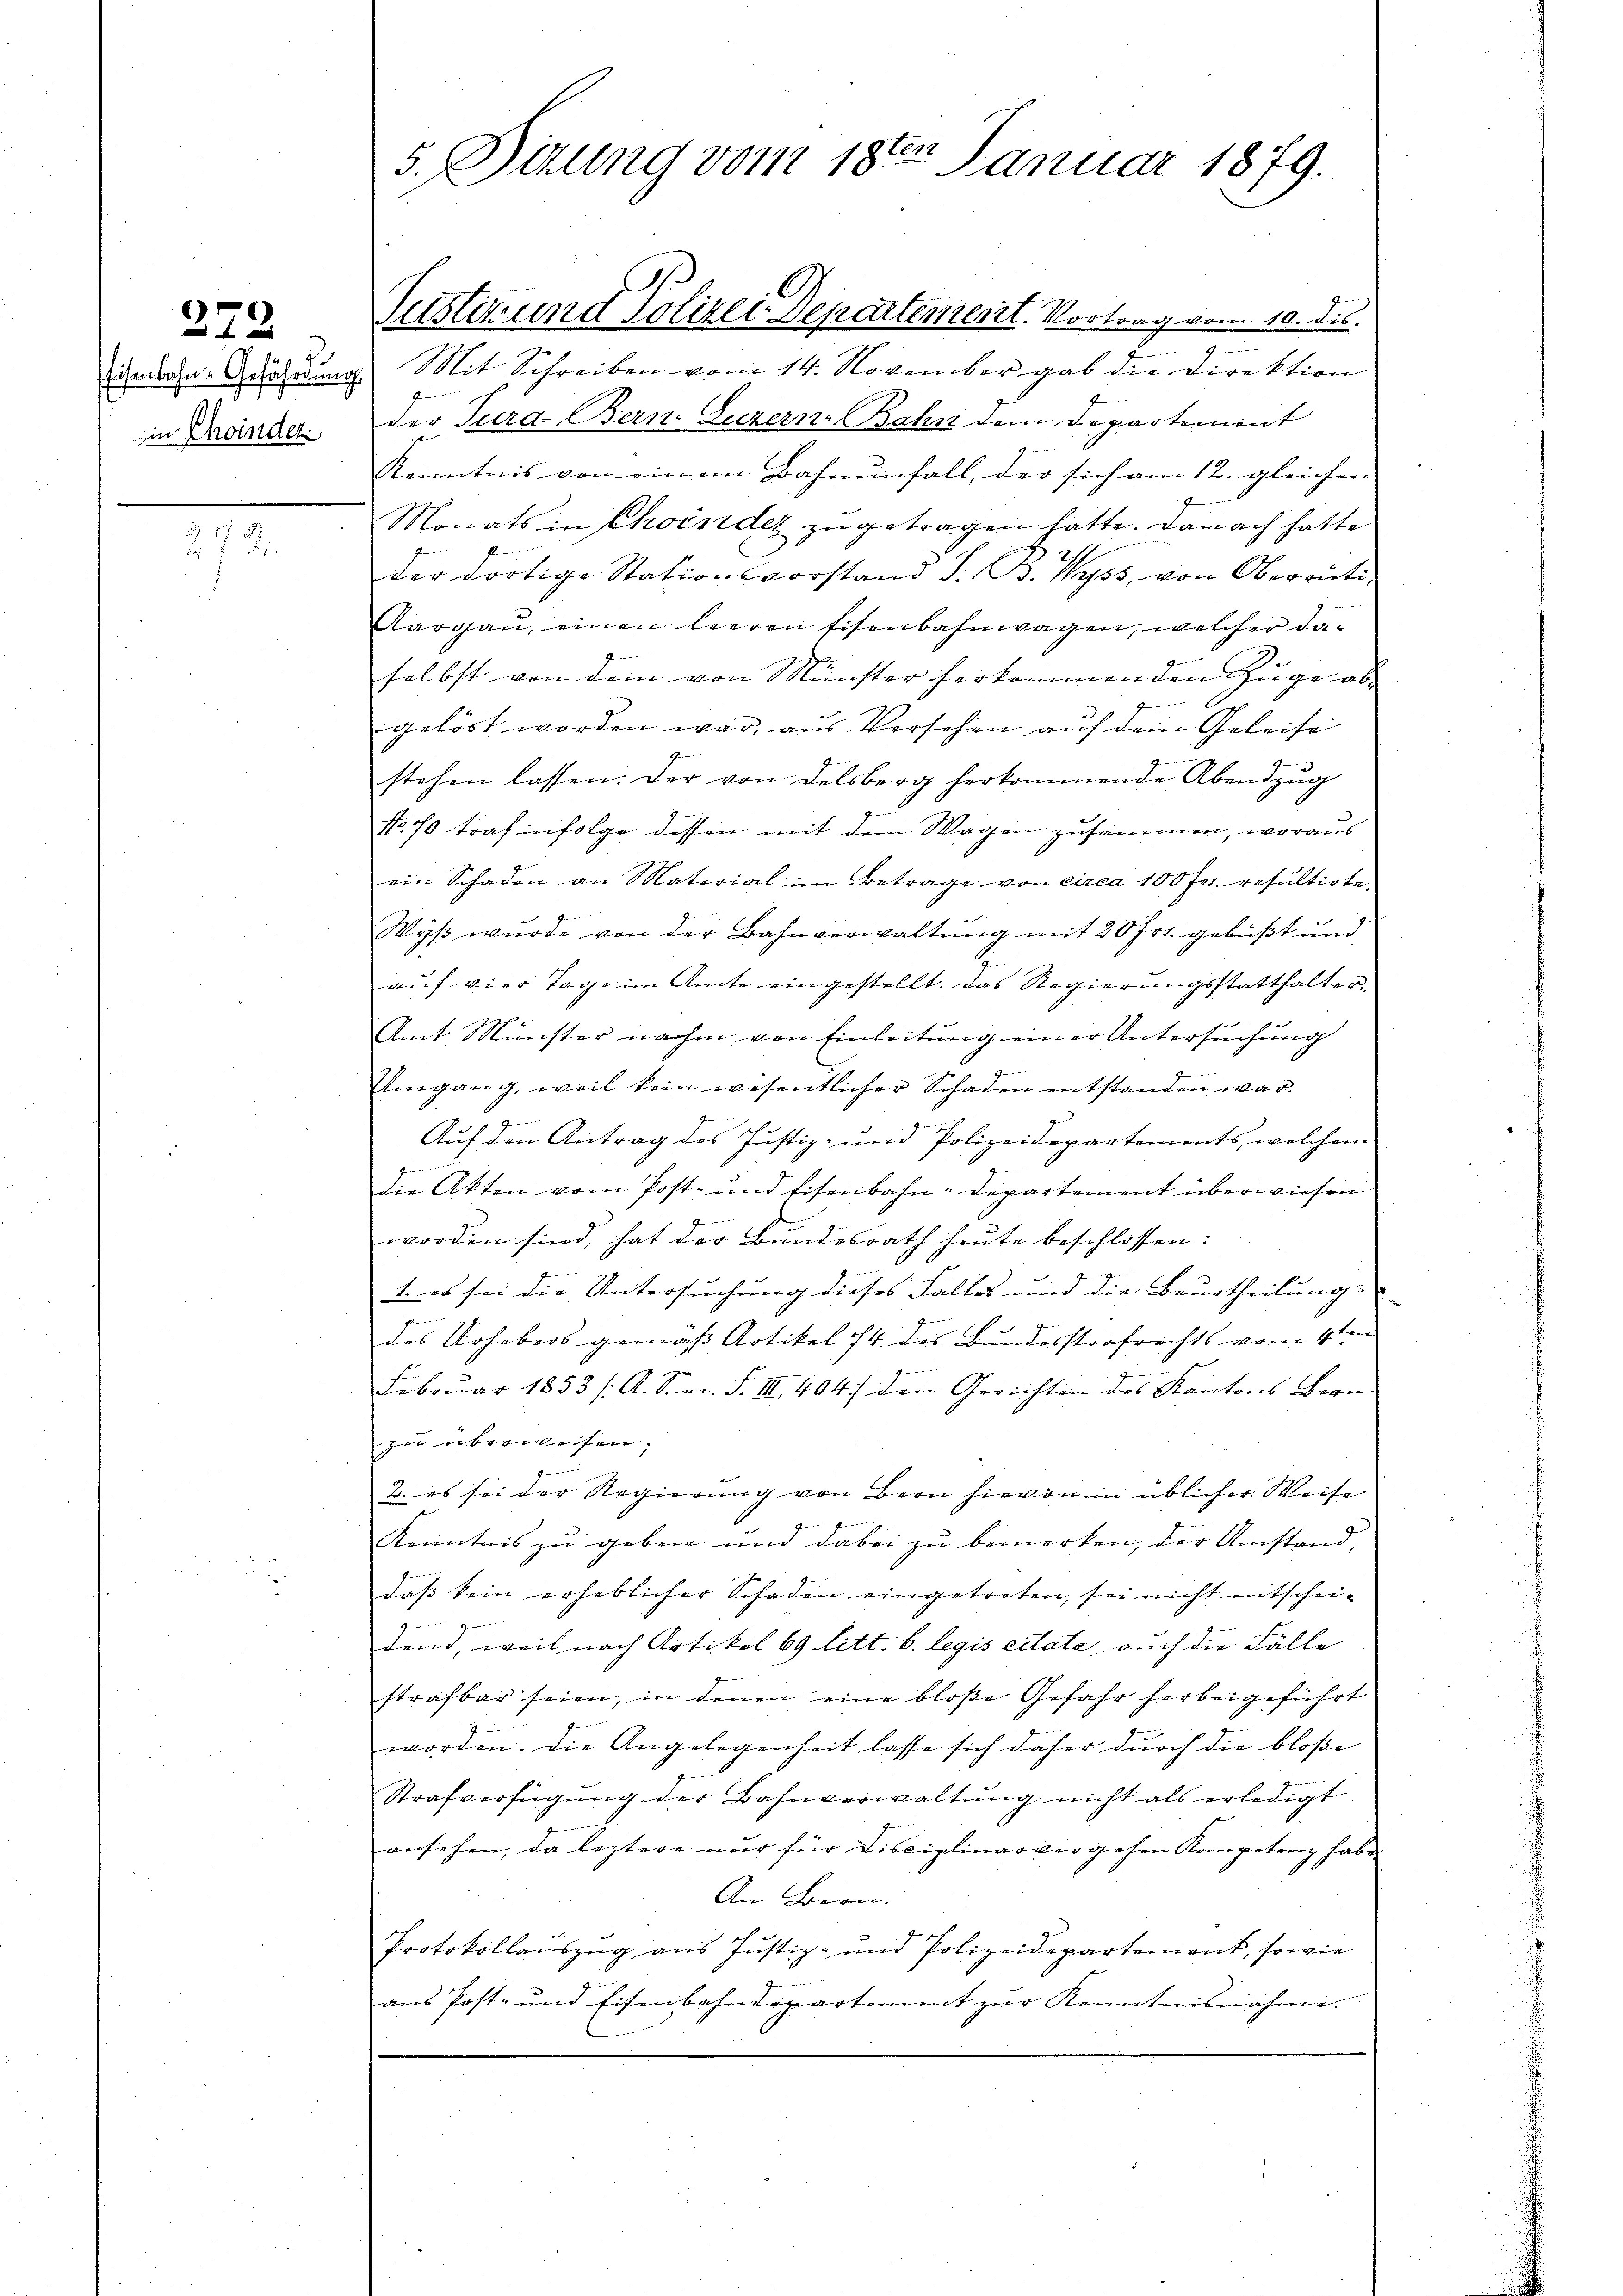
272

Eisenbahn- Gefährdung.
in Choinder.

272.

5. Situng vom 18ten Januar 1879.

Justiz- und Polizei-Departement. Vortrag vom 10. ds.
Mit Schreiben vom 14. November gab die Direktion
der Jura. Bern. Luzern, Bahn dem Departement
Kenntnis von einem Bahnenfall, der sich am 12. gleichen |
Monats in Choinder zugetragen hatte. Danach hatte
6
der dortige Stationsvorstand S. B. Wyss, von Oberrüti,
Aargau, einen leeren Eisenbahnwagen, welcher daicierer u
selbst von dem von Münster herkommenden Zuge abgelöst worden war, aus Versehen auf dem Geleise
stehen lassen. Der von Delsberg herkommende Abendzug
No. 70 traf infolge dessen mit dem Wagen zusammen, woraus
ein Schaden an Material im Betrage von circa 100 Fr. resultirte.
Wyß wurde von der Bahnverwaltung mit 20 fr. gebüßt und
auf vier Tage im Amte eingestellt. Das Regierungsstatthalter¬
Amt Münster nache von Einleitung einer Untersuchung
Umgang, weil kein wesentlicher Schaden entstanden war.
n
Auf den Antrag des Justiz- und Polizeidepartements, welchem
G
die Akten vom Post- und Eisenbahn-Departement überwiesen
l
worden sind, hat der Bundesrath heute beschlossen:
1. es sei die Untersuchung dieses Falles und die Beurtheilung
des Urhebers gemäß Artikel 14 des Bundesstrafrechts vom 4ten
Februar 1853 /A. S. m. S. III 494) den Gerichten des Kantons Bern
zu überweisen.
2. es sei der Regierung von Bern hievon in üblicher Weise
4
Kenntnis zu geben und dabei zu bemerken, der Umstand,
daß kein erheblicher Schaden eingetreten, sei nicht mitschei-
n
dend, weil nach Artikel 69 litt. b. legis citate, auch die Fälle
strafbar seien, in denen eine bloße Gefahr herbeigeführt
worden. Die Angelegenheit lasse sich daher durch die bloße
Strafverfügung der Bahnverwaltung nicht als erledigt
ansehen, da leztere nur für Disciplinarvergehen Kompetenz habe
An Bern.
Protokollauszug aus Justiz- und Polizeidepartement, sowie
ans Post- und Eisenbahndepartement zŭr Kenntnisnahme.